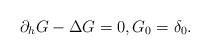
LaTeX: \begin{align*}\partial_h G - \Delta G =0,G_{0} =\delta_0.\end{align*}